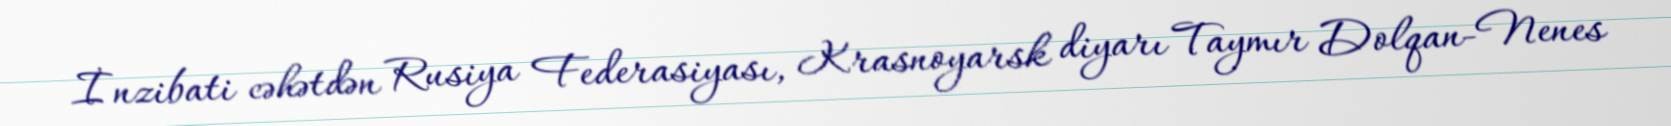
İnzibati cəhətdən Rusiya Federasiyası, Krasnoyarsk diyarı Taymır Dolqan-Nenes